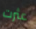
عثرت